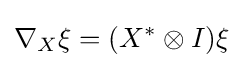
\nabla _{X}\xi =(X^{*}\otimes I)\xi